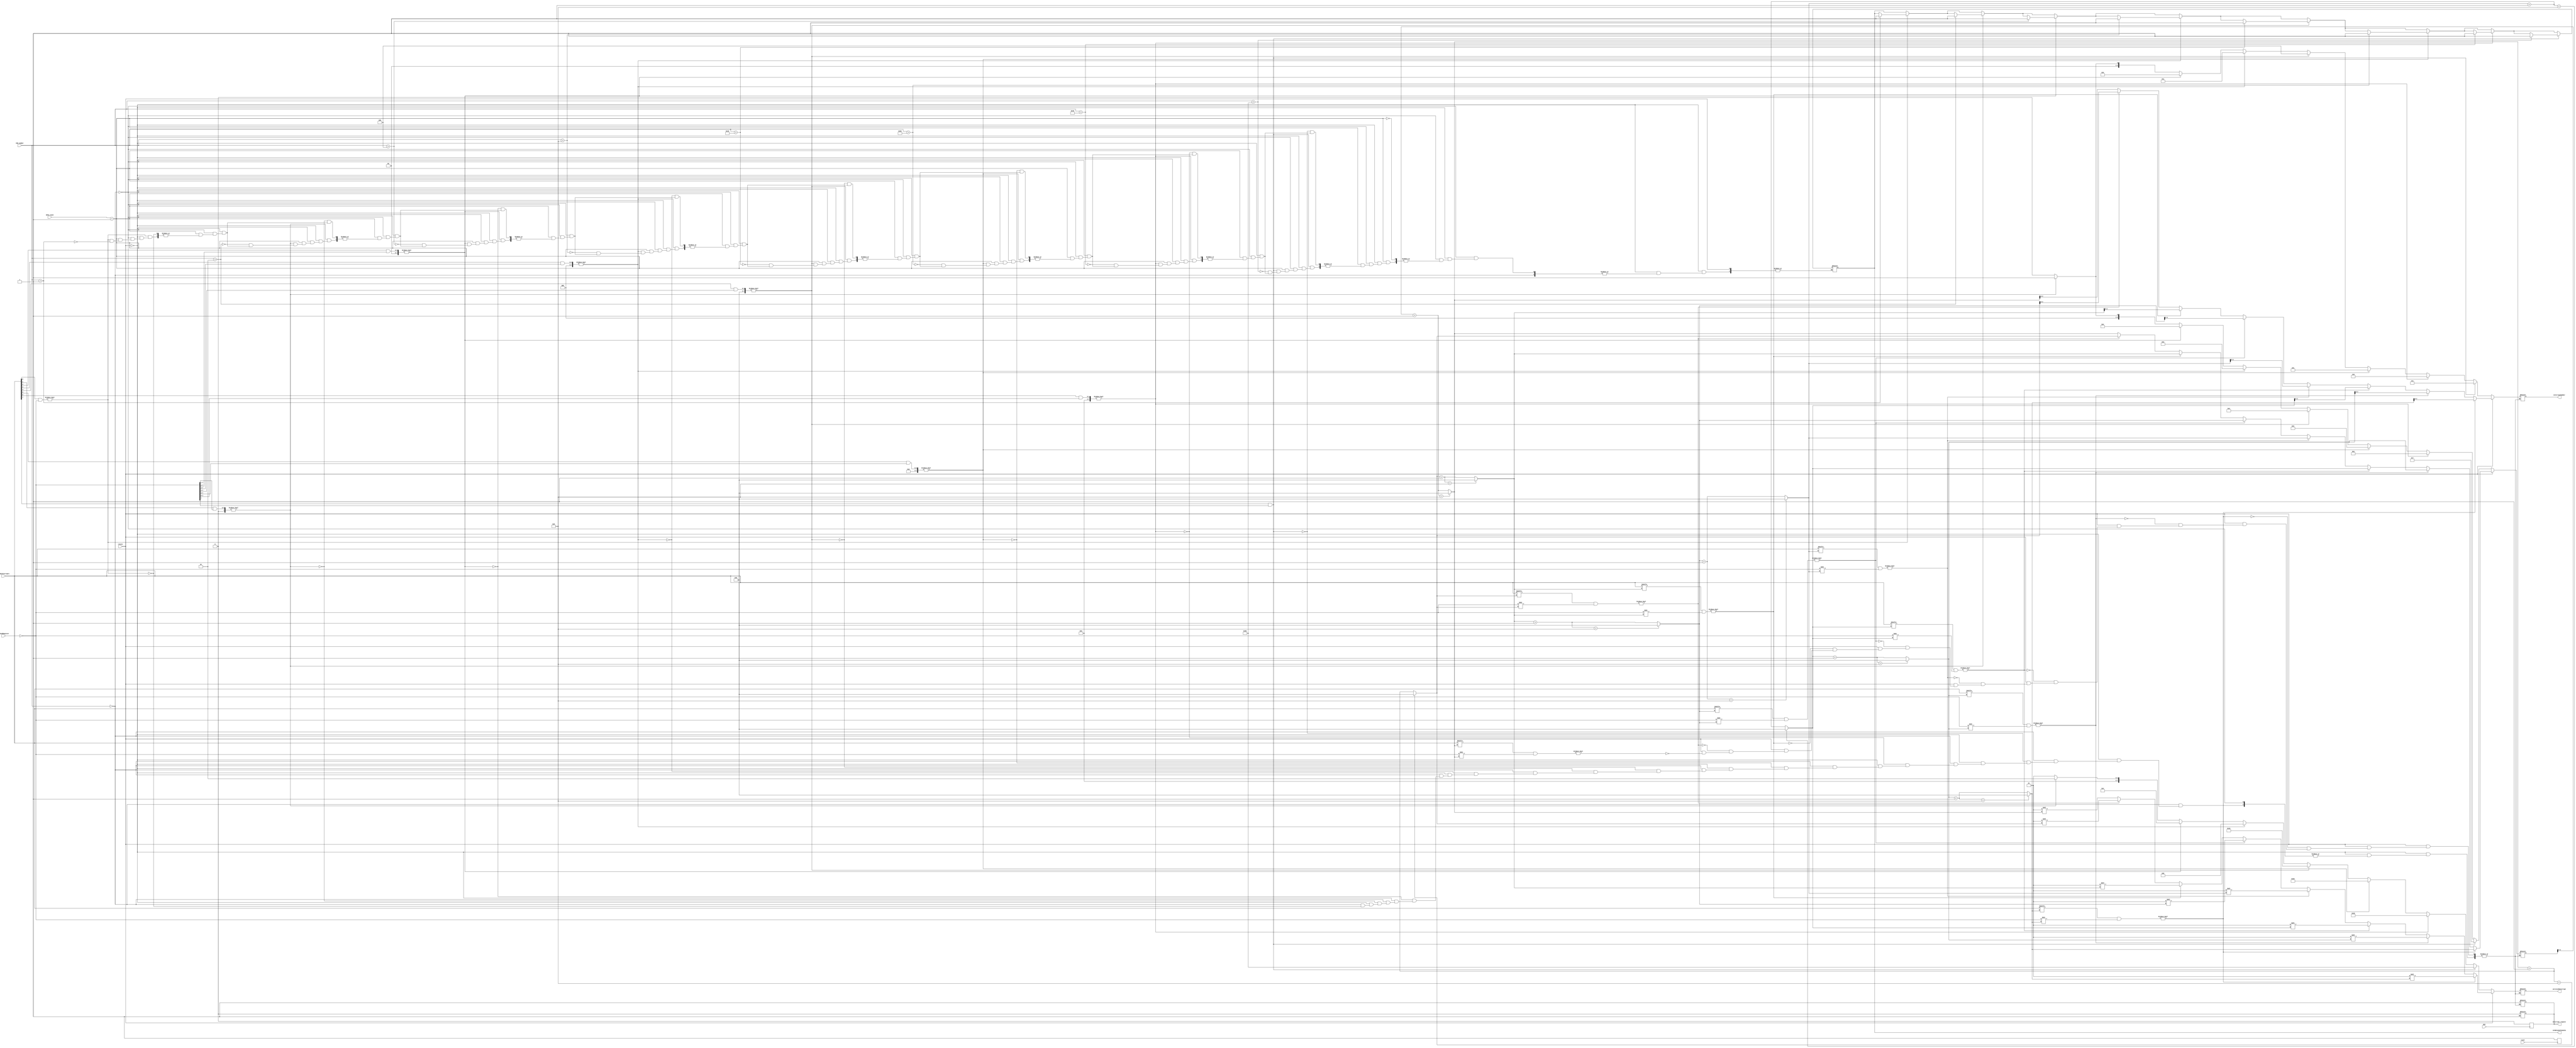

`timescale 1ns/1ps
module priorityResolver (
  input wire EOI,
  input wire [7:0] readyInterrupts ,      //input from the IRR
  input wire [7:0] maskedRegister ,       //input from the IMR
  input wire [7:0] ISR_number ,           //input from the ISR
  input wire       rotate ,               //input from the control unit
  input wire       reset ,                //input from the control unit
  input wire [1:0] INTA_count ,           //input from the control unit
  output reg [7:0] servicedInterrupt ,    //output to the ISR
  output reg [2:0] interruptNumber,       //output to the control unit 
  // output reg       servicedInt_flag,   //output to the control unit
  output reg       intBetweenTwoAcks = 1'b0,     //output to the control unit
  output reg       Interrupt_request      // output to control unit
  );
  reg[31:0] counter = 0;
  reg[3:0] i = 0 ;
  reg[3:0] j = 0 ;
  reg[3:0] lowestPriority = 0 ;
  reg[3:0] rotateFlag = 0 ;
  reg f_ack = 0 ;
  reg trigger_flag = 0;
  reg [7:0] temp = 0;
  always @(posedge reset) begin
    lowestPriority = 7;
  end
  always @(INTA_count)begin
    if(f_ack)
	begin
	if(INTA_count == 1) begin
      Interrupt_request = 0; // reset the interrupt request
    end
     // servicedInterrupt <= temp ;
	end
  end
  
  always @(trigger_flag) begin
  if(f_ack ==0) begin
    if(!rotate)
      begin
        if(ISR_number == 0) begin
          //loop from the higher priority to lower priority devices
          for(i= 0; i<8 ; i= i+1) begin
            //check if the current device requested an interrupt or no
            if(readyInterrupts[i] &((~maskedRegister)>>i))
              begin
              //if the current device requested interrupt and not masked
              interruptNumber = i ;            // will be sent to the control unit
              servicedInterrupt = (1<<i) ;     // will be sent to the ISR to set the currently serviced interrupt by the cpu
              lowestPriority = i ;             // to be used if the controller send command to operate in the rotating mode
              i = 8 ;                            //to exit the loop immediatly
              Interrupt_request = 1;
            end
          end
        end
        
      /***************
       * if there is interrupt is serviced now *
       **************/
       else begin
         if(INTA_count == 1)
           begin
           //loop from the higher priority to lower priority devices
           for(i= 0; i<8 ; i= i+1) begin
            //check if the current device requested an interrupt or no
            if(readyInterrupts[i] &((~maskedRegister)>>i))
              begin
                temp = (1<<i) ;
                if(ISR_number > temp)
                  begin
                   intBetweenTwoAcks = 1 ;
                   f_ack = 1 ;
                end
              i =8 ;           //to exit the loop immediatly
            end
          end
        end
      end
    end
    /*************
     * if operating in the rotating mode *
     *************/
    else begin
         i = lowestPriority + 1 ;
        for(rotateFlag = 0  ; rotateFlag < 8 ; rotateFlag = rotateFlag + 1) begin
              
          //check if the current index to be checked is less than 8
          if(i == 8) begin
            i = 0 ;
          end
          //check if the current device requested an interrupt or no
          if(readyInterrupts[i] &((~maskedRegister)>>i))
            begin
            //if the current device requested interrupt and not masked
            Interrupt_request = 1;
            interruptNumber = i ;          // will be sent to the control unit
            servicedInterrupt = (1<<i) ;   // will be sent to the ISR to set the currently serviced interrupt by the cpu
            lowestPriority = i ;           // to be used if the controller send command to operate in the rotating mode
            rotateFlag = 8 ;                 //to exit the loop immediatly 
            
          end
          i = i + 1;
        end
      end
    end    
  end
  
always@(readyInterrupts)
  trigger_flag = ~trigger_flag;
  
always@(INTA_count)
  trigger_flag = ~trigger_flag;
reg internal_clk = 0;
always@(posedge internal_clk)
trigger_flag = ~trigger_flag;

always @(posedge EOI) begin 
  
Interrupt_request<= 0;
end
always @(counter) begin
  if(counter == 10 && INTA_count ==  2)begin
    f_ack = 0;
  end
end
always @(internal_clk) begin
  if(f_ack && counter <= 10)
    counter = counter + 1;
end
always
#80 internal_clk = ~ internal_clk;
  
endmodule